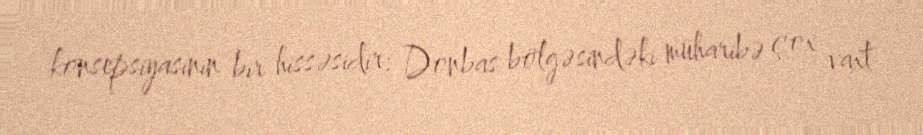
konsepsiyasının bir hissəsidir: Donbas bölgəsindəki müharibə çox vaxt